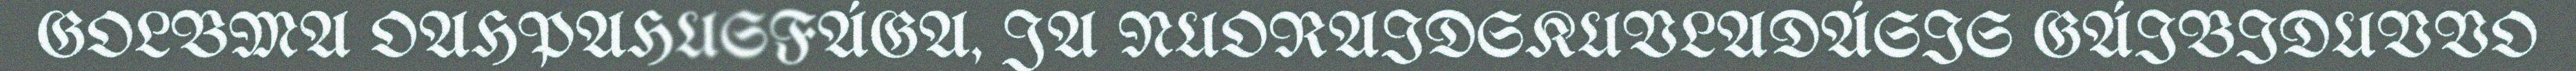
GOLBMA OAHPAHUSFÁGA, JA NUORAIDSKUVLADÁSIS GÁIBIDUVVO